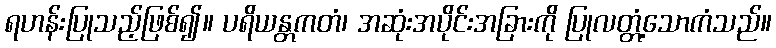
ရဟန်းပြုသည့်ဖြစ်၍။ ပရိယန္တကတံ၊ အဆုံးအပိုင်းအခြားကို ပြုလတ္တံ့သောကံသည်။